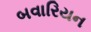
બવારિયન